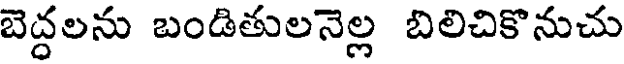
బెద్దలను బండితులనెల్ల బిలిచికొనుచు